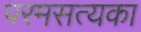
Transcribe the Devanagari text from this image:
परमसत्यका